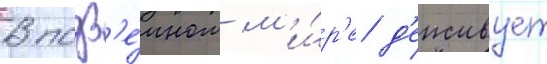
В подз'е́мном м'и́р'е д'еиствует